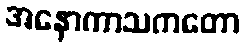
အနောကာသကတော